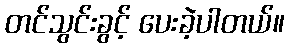
တင်သွင်းခွင့် ပေးခဲ့ပါတယ်။